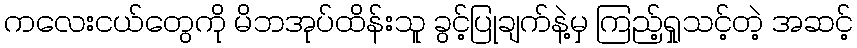
ကလေးငယ်တွေကို မိဘအုပ်ထိန်းသူ ခွင့်ပြုချက်နဲ့မှ ကြည့်ရှုသင့်တဲ့ အဆင့်